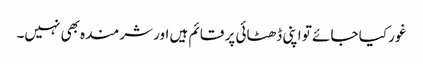
غور کیا جائے تو اپنی ڈھٹائی پر قائم ہیں اور شرمندہ بھی نہیں۔